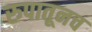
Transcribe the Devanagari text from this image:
रुपातूनच